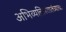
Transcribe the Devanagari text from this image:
अभिव्यक्तिस्वातंत्र्याचा